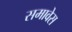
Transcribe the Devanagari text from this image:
समावेस